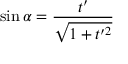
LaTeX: \sin \alpha = \frac { t ^ { \prime } } { \sqrt { 1 + t ^ { \prime 2 } } }